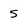
Character: 5